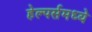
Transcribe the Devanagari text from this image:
हेल्पर्समध्ये